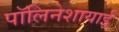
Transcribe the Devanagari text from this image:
पॉलिनेशायाई